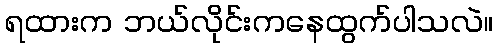
ရထားက ဘယ်လိုင်းကနေထွက်ပါသလဲ။